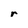
Character: r